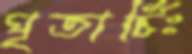
ঘৃতার্চিঃ